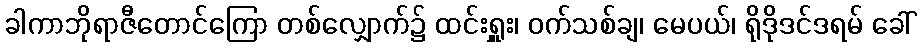
ခါကာဘိုရာဇီတောင်ကြော တစ်လျှောက်၌ ထင်းရှူး၊ ဝက်သစ်ချ၊ မေပယ်၊ ရိုဒိုဒင်ဒရမ် ခေါ်